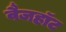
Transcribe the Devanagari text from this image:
वैजहॉट